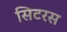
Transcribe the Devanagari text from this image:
सिटरस